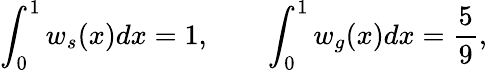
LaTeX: \int_{0}^{1}w_{s}(x)dx=1,\qquad\int_{0}^{1}w_{g}(x)dx=\frac{5}{9},